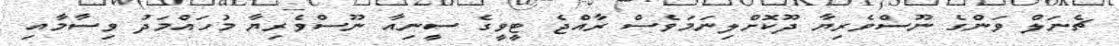
ޗެނަލް ވަންގެ ނޫސްވެރިޔާ ދޫކޮށްލިނަމަވެސް ރާއްޖެ ޓީވީގެ ސީނިއާ ނޫސްވެރިޔާ މުހައްމަދު ވިސާމާއި